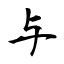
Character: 与